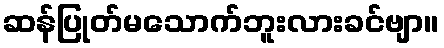
ဆန်ပြုတ်မသောက်ဘူးလားခင်ဗျာ။